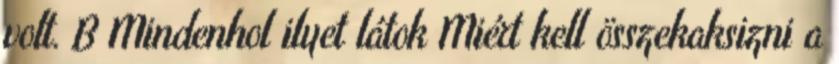
volt. B Mindenhol ilyet látok Miért kell összekaksizni a